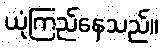
ယုံကြည်နေသည်။